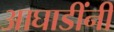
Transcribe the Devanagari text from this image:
आघाडींनी